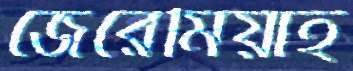
জেরেমিয়াহ